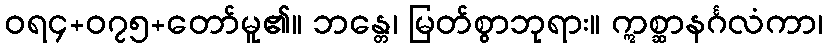
ဝရ၄+၀၇၅+တော်မူ၏။ ဘန္တေ၊ မြတ်စွာဘုရား။ ဣစ္ဆာနင်္ဂလံကာ၊